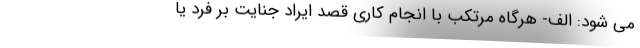
می شود: الف- هرگاه مرتکب با انجام کاری قصد ایراد جنایت بر فرد یا